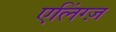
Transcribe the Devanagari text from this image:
एलिंग्ज़